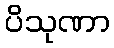
ပိသုဏာ